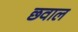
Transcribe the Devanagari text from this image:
छवाल